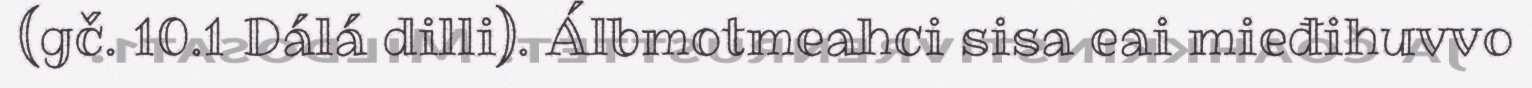
(gč. 10.1 Dálá dilli). Álbmotmeahci sisa eai mieđihuvvo